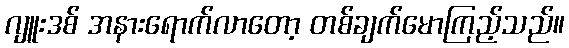
ဂျူးဒစ် အနားရောက်လာတော့ တစ်ချက်မောကြည့်သည်။